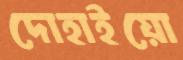
দোহাইয়ো